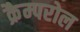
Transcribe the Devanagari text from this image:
क्रैम्परोल